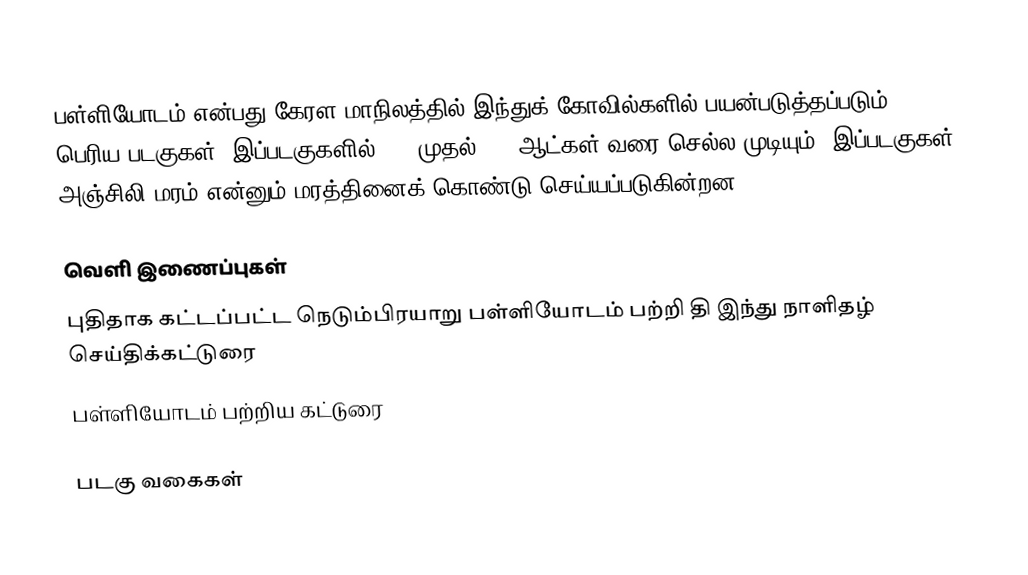
பள்ளியோடம் என்பது கேரள மாநிலத்தில் இந்துக் கோவில்களில் பயன்படுத்தப்படும் பெரிய படகுகள். இப்படகுகளில் 100 முதல் 120 ஆட்கள் வரை செல்ல முடியும். இப்படகுகள் அஞ்சிலி மரம் என்னும் மரத்தினைக் கொண்டு செய்யப்படுகின்றன.

வெளி இணைப்புகள்
 புதிதாக கட்டப்பட்ட நெடும்பிரயாறு பள்ளியோடம் பற்றி தி இந்து நாளிதழ் செய்திக்கட்டுரை
 பள்ளியோடம் பற்றிய கட்டுரை

படகு வகைகள்